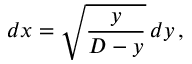
d x = { \sqrt { \frac { y } { D - y } } } \, d y \, ,